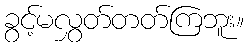
ခွင့်မလွှတ်တတ်ကြဘူး။